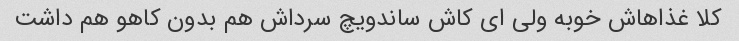
کلا غذاهاش خوبه ولی ای کاش ساندویچ سرداش هم بدون کاهو هم داشت